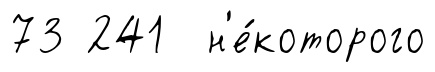
73 241 н'е́которого